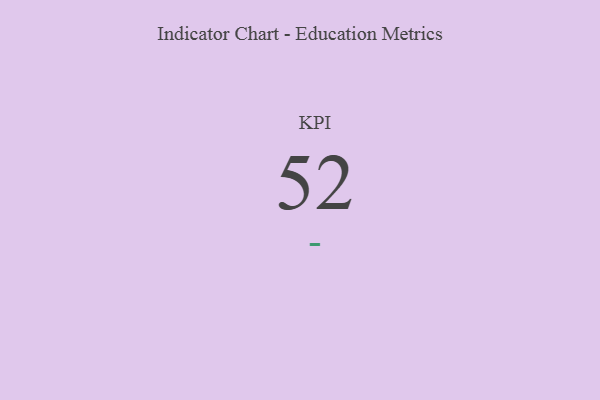
{"axis": {"x": "KPI", "y": "Value"}, "legend": [""], "data": [{"x": "KPI", "y": 52, "type": ""}]}